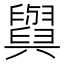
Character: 𦦲